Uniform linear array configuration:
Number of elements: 16
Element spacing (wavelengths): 0.25
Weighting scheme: cosine
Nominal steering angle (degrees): -45
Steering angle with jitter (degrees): -45.035
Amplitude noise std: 0.05
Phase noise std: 0.05

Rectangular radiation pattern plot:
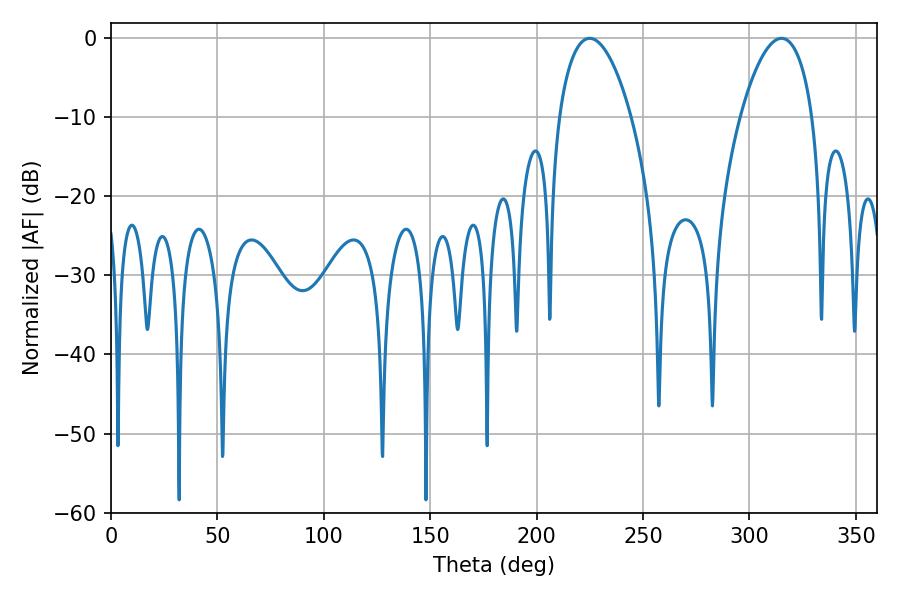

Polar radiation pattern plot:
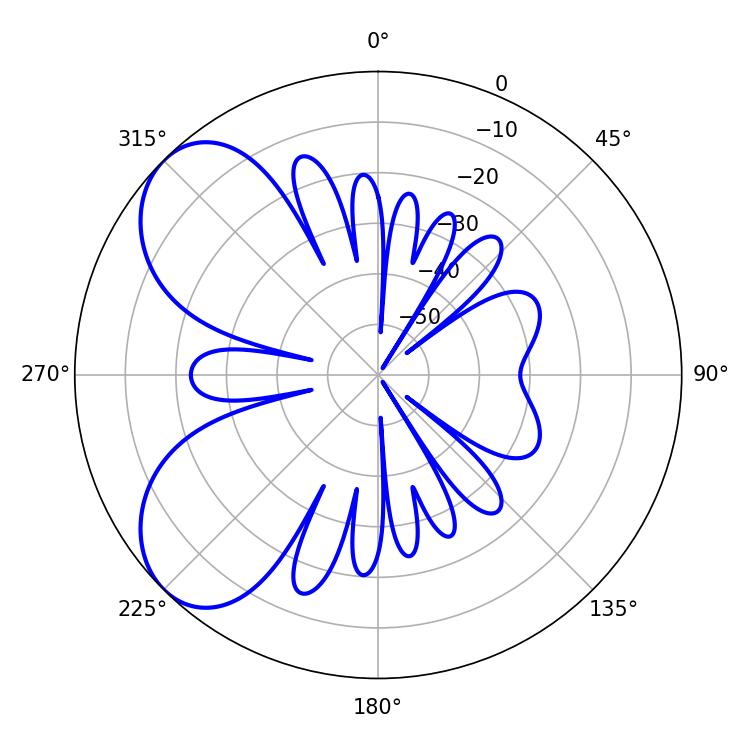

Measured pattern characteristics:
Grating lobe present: FALSE
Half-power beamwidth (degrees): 19.08
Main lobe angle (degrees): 225